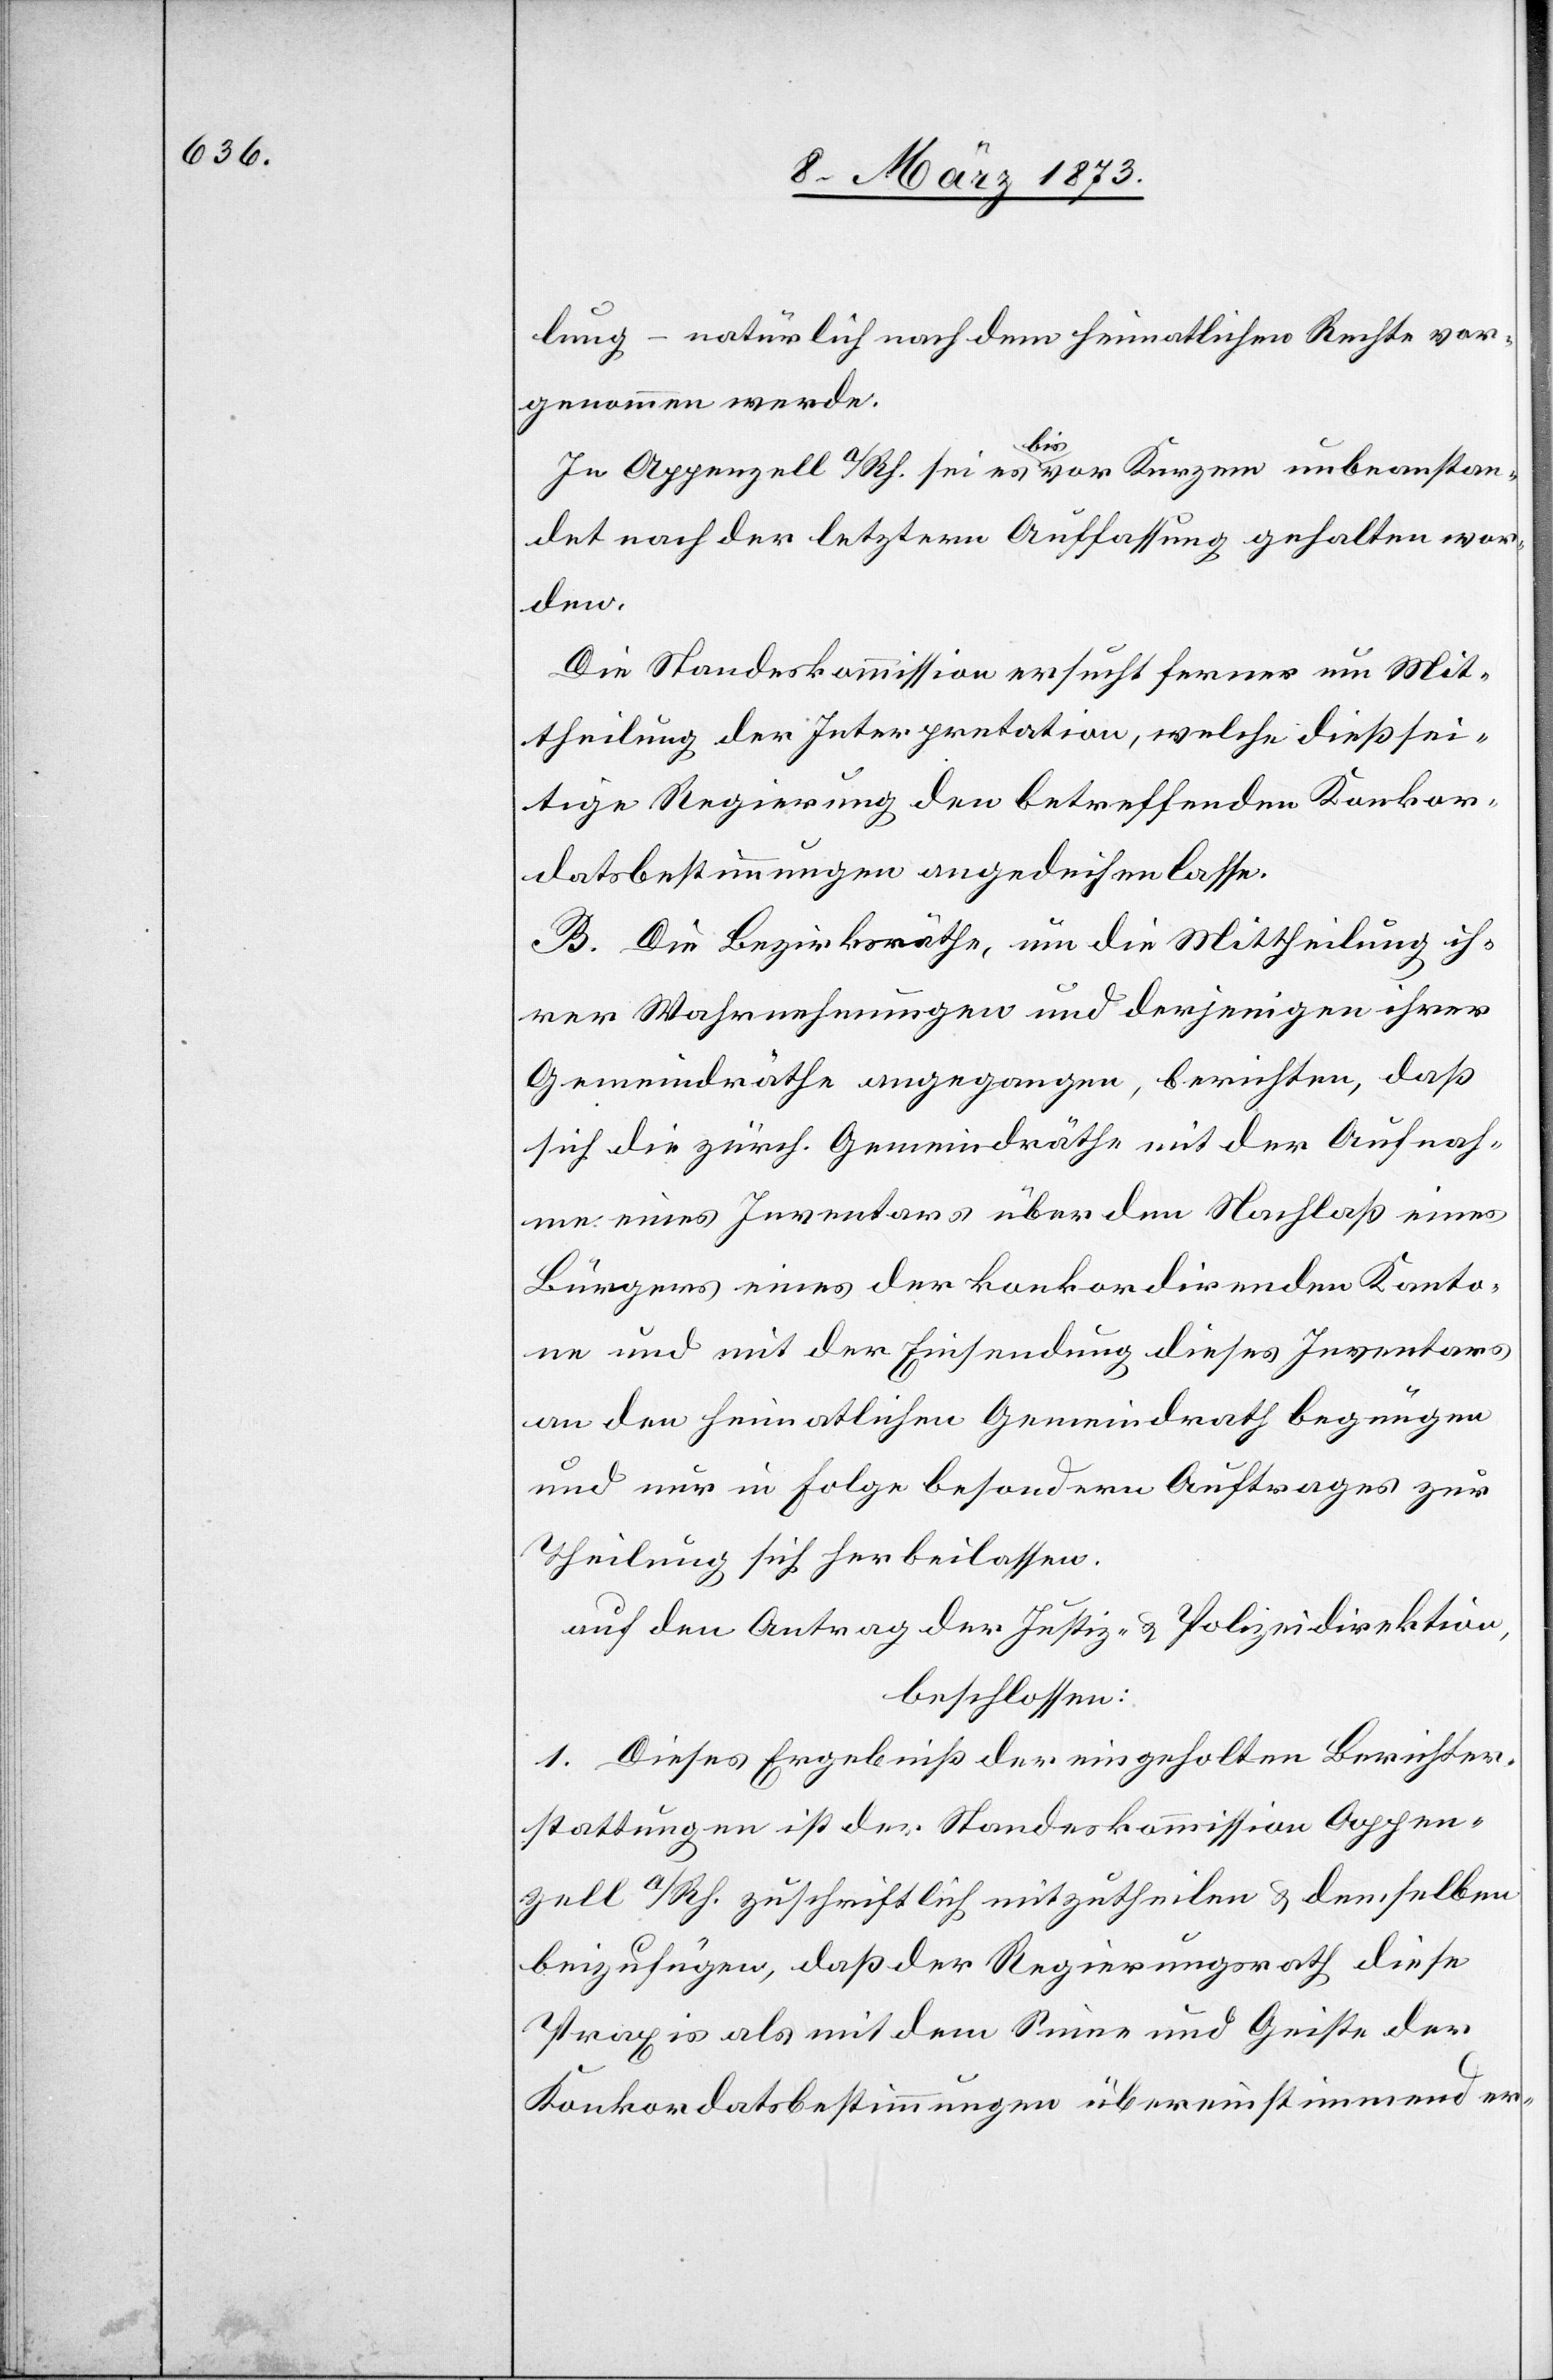
lung – natürlich nach dem heimatlichen Rechte vor¬
genommen werde.
In Appenzell a/Rh. sei es bis vor Kurzem unbeanstan¬
det nach der letztern Auffassung gehalten wor¬
den.
Die Standeskommission ersucht ferner um Mit¬
theilung der Interpretation, welche dießsei¬
tige Regierung den betreffenden Konkor¬
datsbestimmungen angedeihen lasse.
B. Die Bezirksräthe, um die Mittheilung ih¬
rer Wahrnehmungen und derjenigen ihrer
Gemeindräthe angegangen, berichten, daß
sich die zürch. Gemeindräthe mit der Aufnah¬
me eines Inventars über den Nachlaß eines
Bürgers eines der konkordirenden Kanto¬
ne und mit der Einsendung dieses Inventars
an den heimathlichen Gemeindrath begnügen
und nur in Folge besondern Auftrages zur
Theilung sich herbeilassen.
auf den Antrag der Justiz- u. Polizeidirektion,
beschlossen:
1. Dieses Ergebniß der eingeholten Berichter¬
stattungen ist der Standeskommission Appen¬
zell a/Rh. zuschriftlich mitzutheilen u. demselben
beizufügen, daß der Regierungsrath diese
Praxis als mit dem Sinne und Geiste der
Konkordatsbestimmungen übereinstimmend er-